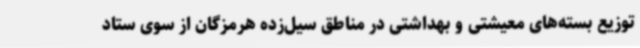
توزیع بسته‌های معیشتی و بهداشتی در مناطق سیل‌زده هرمزگان از سوی ستاد